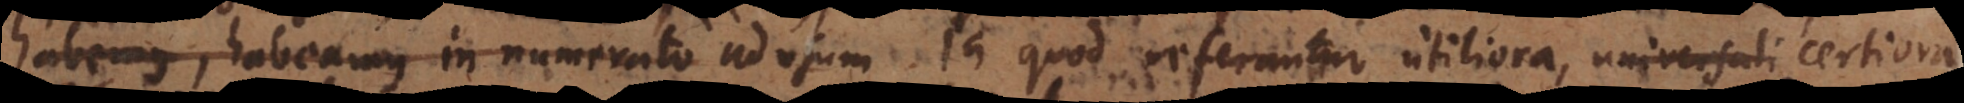
habemus, habeamus in numerato ad usum quod referantur utiliora, universali certior